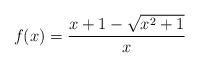
LaTeX: \begin{align*}f(x) = \frac{x+1-\sqrt{x^2+1}}{x}\end{align*}